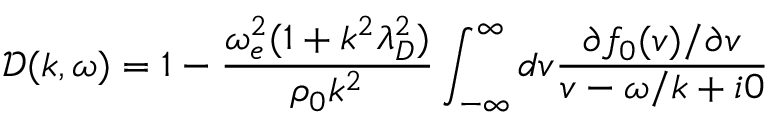
\mathcal { D } ( k , \omega ) = 1 - \frac { \omega _ { e } ^ { 2 } ( 1 + k ^ { 2 } \lambda _ { D } ^ { 2 } ) } { \rho _ { 0 } k ^ { 2 } } \int _ { - \infty } ^ { \infty } d v \frac { \partial f _ { 0 } ( v ) / \partial v } { v - \omega / k + i 0 }